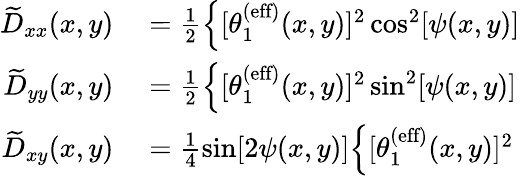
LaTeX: \begin{array}{rl}{\widetilde{D}_{xx}(x,y)}&{{}=\frac{1}{2}\Big\{ [\theta_{1}^{\textrm{(eff)}}(x,y)]^{2}\cos^{2}[\psi(x,y)]}\\ {\widetilde{D}_{yy}(x,y)}&{{}=\frac{1}{2}\Big\{ [\theta_{1}^{\textrm{(eff)}}(x,y)]^{2}\sin^{2}[\psi(x,y)]}\\ {\widetilde{D}_{xy}(x,y)}&{{}=\frac{1}{4}\sin[2\psi(x,y)]\Big\{ [\theta_{1}^{\textrm{(eff)}}(x,y)]^{2}}\end{array}